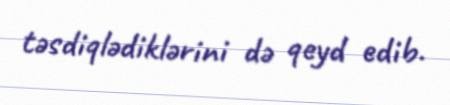
təsdiqlədiklərini də qeyd edib.